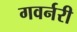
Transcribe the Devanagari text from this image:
गवर्नरी